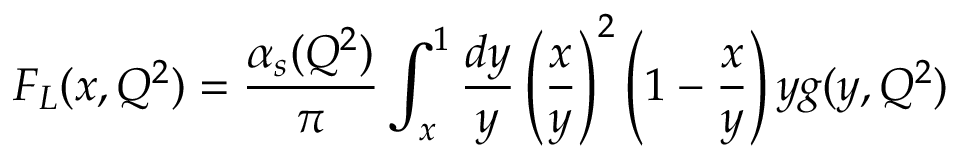
F _ { L } ( x , Q ^ { 2 } ) = { \frac { \alpha _ { s } ( Q ^ { 2 } ) } { \pi } } \int _ { x } ^ { 1 } { \frac { d y } { y } } \left( { \frac { x } { y } } \right) ^ { 2 } \left( 1 - { \frac { x } { y } } \right) y g ( y , Q ^ { 2 } )